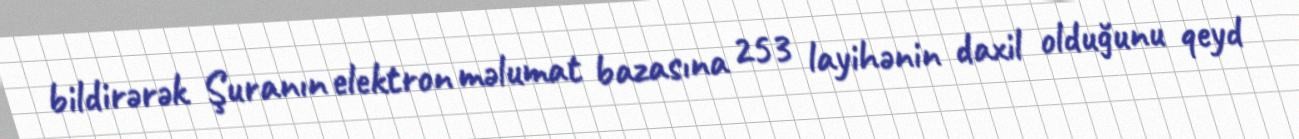
bildirərək Şuranın elektron məlumat bazasına 253 layihənin daxil olduğunu qeyd